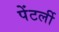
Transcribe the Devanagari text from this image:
पेंटर्ली